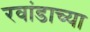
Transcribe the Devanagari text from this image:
रवांडाच्‍या